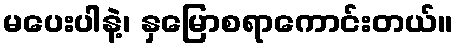
မပေးပါနဲ့၊ နှမြောစရာကောင်းတယ်။